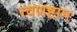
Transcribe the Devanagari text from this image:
त्वणष्टान